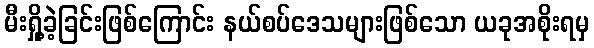
မီးရှို့ခဲ့ခြင်းဖြစ်ကြောင်း နယ်စပ်ဒေသများဖြစ်သော ယခုအစိုးရမှ